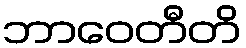
ဘာဝေတီတိ